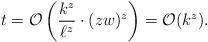
LaTeX: \begin{align*}t= \mathcal{O}\left(\frac{k^z}{\ell^z} \cdot (zw)^z \right)= \mathcal{O}(k^z).\end{align*}